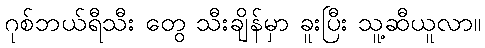
ဂုစ်ဘယ်ရီသီး တွေ သီးချိန်မှာ ခူးပြီး သူ့ဆီယူလာ။